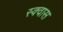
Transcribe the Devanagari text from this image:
स्क्वास